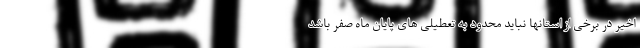
اخیر در برخی از استانها نباید محدود به تعطیلی های پایان ماه صفر باشد